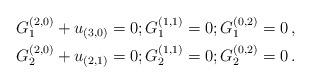
LaTeX: \begin{align*}G_1^{(2,0)} + u_{(3,0)} = 0 ; G_1^{(1,1)} = 0 ; G_1^{(0,2)} = 0 \, , \\G_2^{(2,0)} + u_{(2,1)} = 0 ; G_2^{(1,1)} = 0 ; G_2^{(0,2)} = 0 \, .\end{align*}